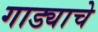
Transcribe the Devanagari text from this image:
गाड्याचे